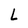
Character: L